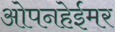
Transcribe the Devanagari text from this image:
ओपनहेईमर